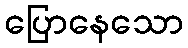
ပြောနေသော